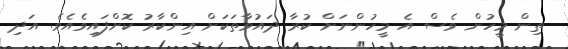
ތިން މީހުން ވެސް އެ މީހުންނަށް ކުރާ ދައުވާތަކަށް އިންކާރު ކޮށްފައިވެއެވެ. އަދި